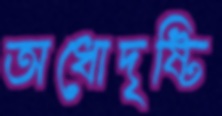
অধোদৃষ্টি